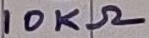
Text: 10KΩ